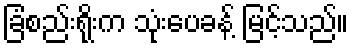
ခြံစည်းရိုးက သုံးပေခန့် မြင့်သည်။